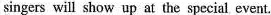
singers will show up at the special event.